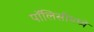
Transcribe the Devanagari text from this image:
पॉलिसीमध्ये